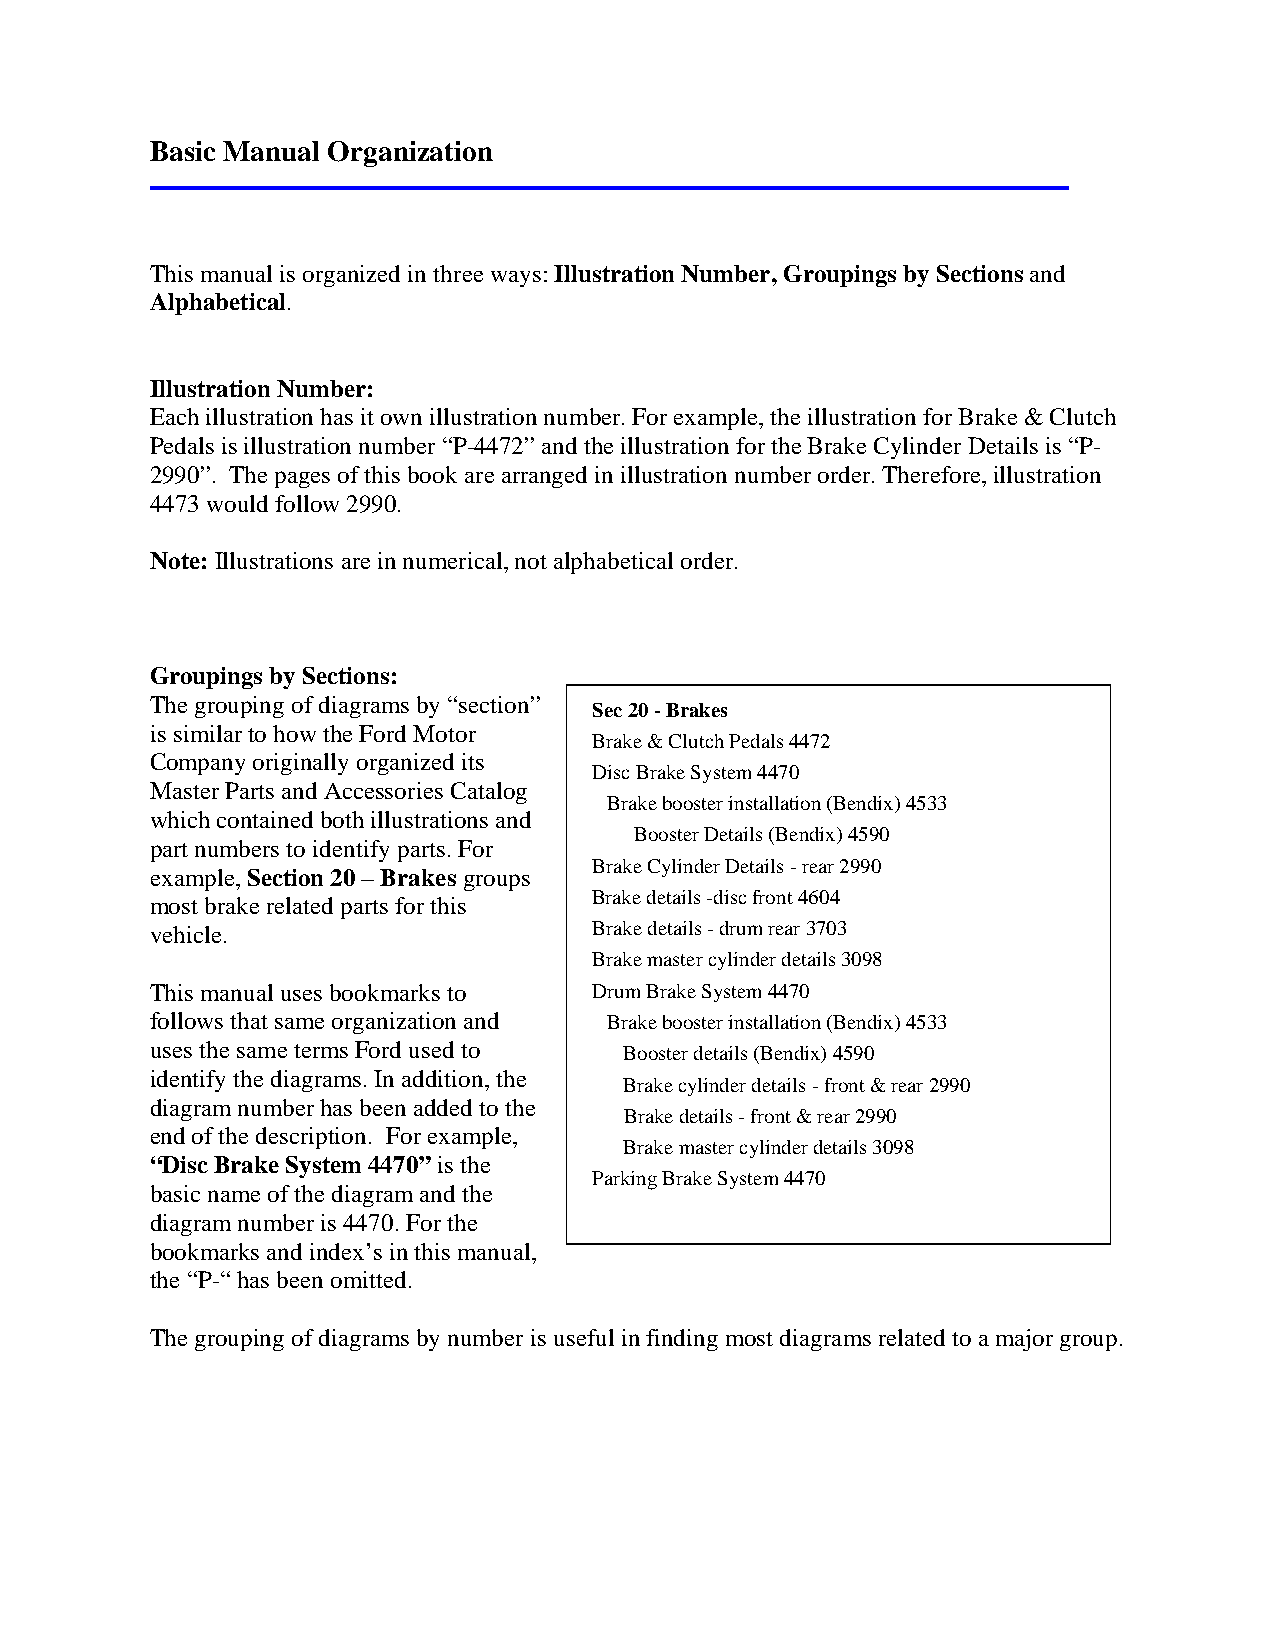
Basic Manual Organization
 This manual is organized in three ways: Illustration Number, Groupings by Sections and
 Alphabetical.
 Illustration Number:
 Each illustration has it own illustration number. For example, the illustration for Brake & Clutch
 Pedals is illustration number “P-4472” and the illustration for the Brake Cylinder Details is “P-
 2990”. The pages of this book are arranged in illustration number order. Therefore, illustration
 4473 would follow 2990.
 Note: Illustrations are in numerical, not alphabetical order.
 Groupings by Sections:
 The grouping of diagrams by “section”
 Sec 20 - Brakes
 is similar to how the Ford Motor
 Brake & Clutch Pedals 4472
 Company originally organized its
 Disc Brake System 4470
 Master Parts and Accessories Catalog
 Brake booster installation (Bendix) 4533
 which contained both illustrations and
 Booster Details (Bendix) 4590
 part numbers to identify parts. For
 Brake Cylinder Details - rear 2990
 example, Section 20 – Brakes groups
 Brake details -disc front 4604
 most brake related parts for this
 vehicle.                     Brake details - drum rear 3703
 Brake master cylinder details 3098
 This manual uses bookmarks to Drum Brake System 4470
 follows that same organization and Brake booster installation (Bendix) 4533
 uses the same terms Ford used to Booster details (Bendix) 4590
 identify the diagrams. In addition, the
 Brake cylinder details - front & rear 2990
 diagram number has been added to the
 Brake details - front & rear 2990
 end of the description. For example,
 Brake master cylinder details 3098
 “Disc Brake System 4470” is the
 Parking Brake System 4470
 basic name of the diagram and the
 diagram number is 4470. For the
 bookmarks and index’s in this manual,
 the “P-“ has been omitted.
 The grouping of diagrams by number is useful in finding most diagrams related to a major group.